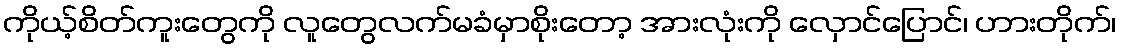
ကိုယ့်စိတ်ကူးတွေကို လူတွေလက်မခံမှာစိုးတော့ အားလုံးကို လှောင်ပြောင်၊ ဟားတိုက်၊